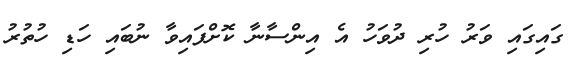
ގައިގައި ވަރު ހުރި ދުވަހު އެ އިންސާނާ ކޮށްފައިވާ ނުބައި ހަޑި ހުތުރު